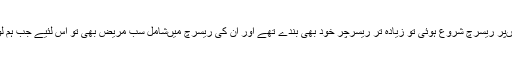
اس بات کی ایک مثال جو ہم سب کے سامنے ہے وہ یہ ہے کہ جب دل کی بیماریوں‌پر ریسرچ شروع ہوئی تو زیادہ تر ریسرچر خود بھی بندے تھے اور ان کی ریسرچ میں‌شامل سب مریض بھی تو اس لئیے جب ہم لوگ اسٹوڈنٹس تھے تو یہی سمجھا جاتا تھا کہ دل کے دورے خواتین کو نہیں‌پڑتے۔